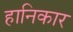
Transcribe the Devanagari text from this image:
हानिकार